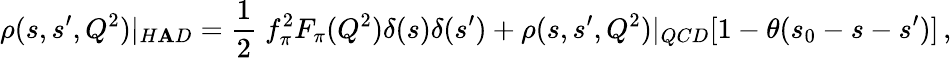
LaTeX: \rho(s,s^{\prime},Q^{2})|_{H\mathbf{A}D}=\frac{{1}}{{2}}\; f_{\pi}^{2}F_{\pi}(Q^{2})\delta(s)\delta(s^{\prime})+\rho(s,s^{\prime},Q^{2})|_{QCD}[1-\theta(s_{0}-s-s^{\prime})]\, ,